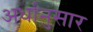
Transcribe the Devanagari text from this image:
अर्धानुसार